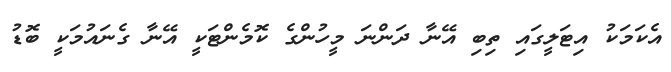
އެކަމަކު އިޓަލީގައި ތިބި އޭނާ ދަންނަ މީހުންގެ ކޮމެންޓަކީ އޭނާ ގެނައުމަކީ ބޮޑު